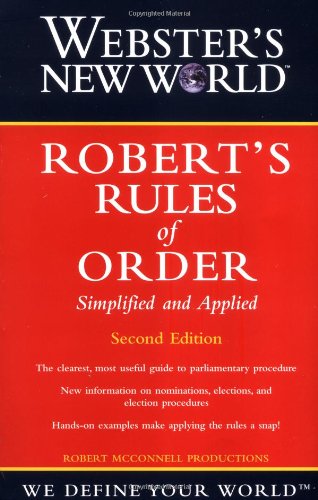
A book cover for Webster's New World Robert's Rules of Order Simplified and Applied; Robert McConnell Productions; Reference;